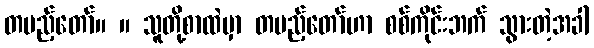
တပည့်တော်။ ။ သူတို့စာထဲမှာ တပည့်တော်ဟာ စစ်ကိုင်းဘက် သွားတဲ့အခါ